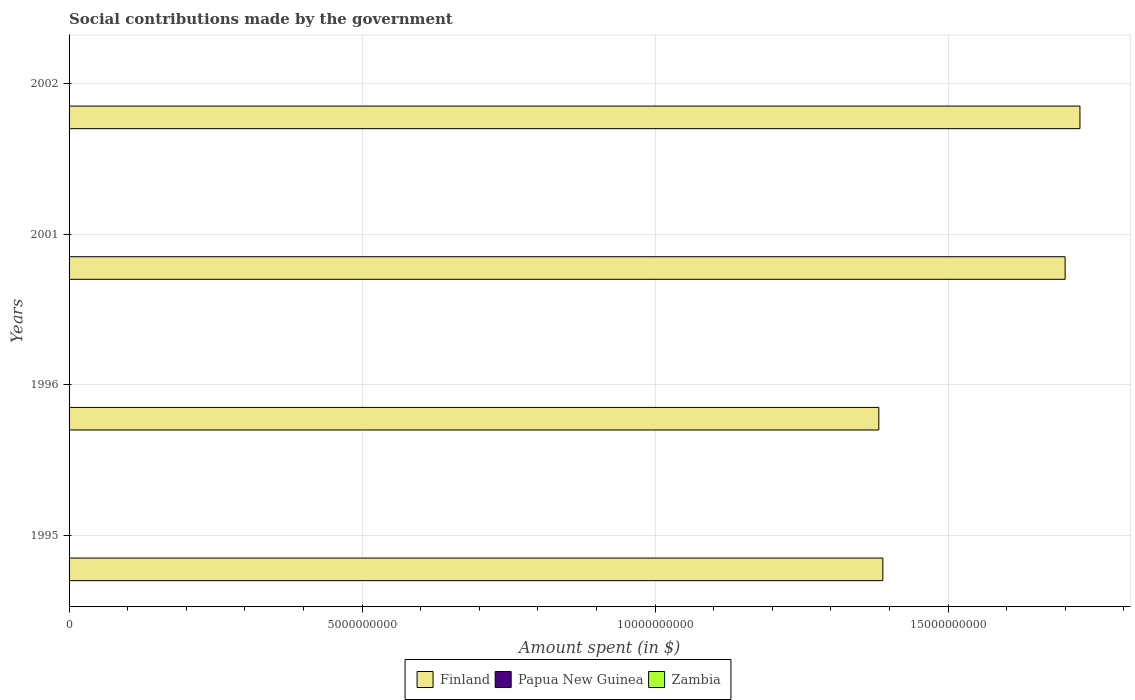
| Years | Finland | Papua New Guinea | Zambia |
 | --- | --- | --- | --- |
 | 1995 | 1.39e+10 | 7.29e+06 | 900 |
 | 1996 | 1.38e+10 | 7.87e+06 | 600 |
 | 2001 | 1.7e+10 | 4e+06 | 1.2e+04 |
 | 2002 | 1.72e+10 | 4.45e+06 | 5.15e+03 |